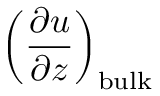
\left( \frac { \partial u } { \partial z } \right) _ { \mathrm { b u l k } }